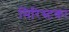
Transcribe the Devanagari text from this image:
मिरिस्टका